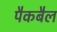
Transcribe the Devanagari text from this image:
पैकबैल